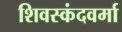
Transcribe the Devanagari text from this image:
शिवस्कंदवर्मा